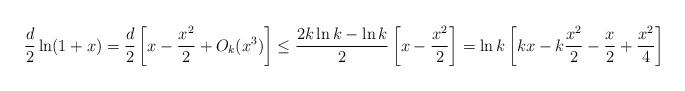
LaTeX: \begin{align*}\frac{d}{2}\ln(1+x)=\frac{d}{2}\left[x-\frac{x^2}{2}+O_k(x^3)\right]\le \frac{2k\ln k-\ln k}{2}\left[x-\frac{x^2}{2}\right]=\ln k\left[kx-k\frac{x^2}{2}-\frac{x}{2}+\frac{x^2}{4}\right]\end{align*}